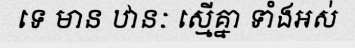
ទេ មាន ឋានៈ ស្មើគ្នា ទាំងអស់